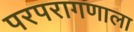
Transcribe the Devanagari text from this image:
परपरागणाला